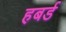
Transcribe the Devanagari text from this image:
हबर्ड